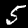
Digit: 5